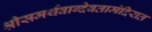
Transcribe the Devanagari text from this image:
श्रीसमर्थवाग्देवतामंदिरात